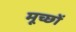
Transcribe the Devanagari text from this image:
मूच्छों